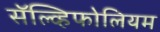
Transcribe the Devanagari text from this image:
सॅल्व्हिफोलियम